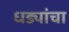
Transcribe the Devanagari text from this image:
धड्यांचा